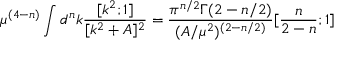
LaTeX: \mu ^ { ( 4 - n ) } \int d ^ { n } k \frac { [ k ^ { 2 } ; 1 ] } { [ k ^ { 2 } + A ] ^ { 2 } } = \frac { \pi ^ { n / 2 } \Gamma ( 2 - n / 2 ) } { ( A / \mu ^ { 2 } ) ^ { ( 2 - n / 2 ) } } [ \frac { n } { 2 - n } ; 1 ]